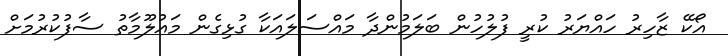
އޯކޭ ޒާހިރު ހައްޔަރު ކުރީ ފުލުހުން ބަލަމުންދާ މައްސަލައަކާ ގުޅިގެން މައުލޫމާތު ސާފުކުރުމަށް